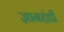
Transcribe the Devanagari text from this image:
ज्ञानहंडी